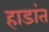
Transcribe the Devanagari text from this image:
हाडांत